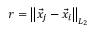
r = \left\lVert \vec { x } _ { j } - \vec { x } _ { i } \right\rVert _ { L _ { 2 } }